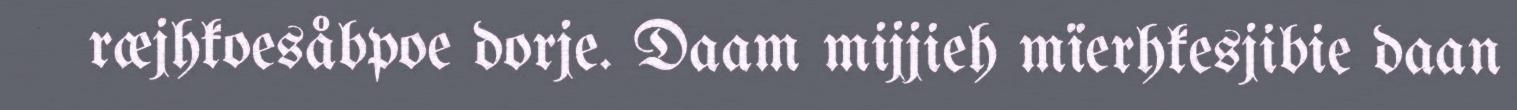
ræjhkoesåbpoe dorje. Daam mijjieh mïerhkesjibie daan